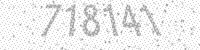
Solution: 718141